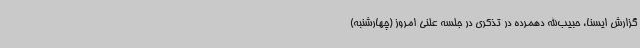
گزارش ایسنا، حبیب‌الله دهمرده در تذکری در جلسه علنی امروز (چهارشنبه)